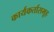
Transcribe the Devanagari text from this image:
कार्यकर्तासमूह